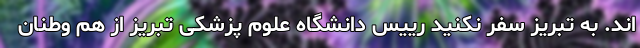
اند. به تبریز سفر نکنید رییس دانشگاه علوم پزشکی تبریز از هم وطنان